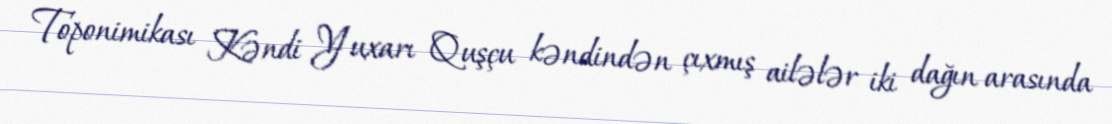
Toponimikası Kəndi Yuxarı Quşçu kəndindən çıxmış ailələr iki dağın arasında